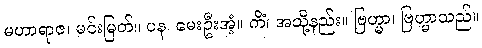
မဟာရာဇ၊ မင်းမြတ်။ ပန၊ မေးဦးအံ့။ ကိံ၊ အသို့နည်း။ ဗြဟ္မာ၊ ဗြဟ္မာသည်။